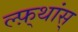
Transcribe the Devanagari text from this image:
ल्फ़्थांस्